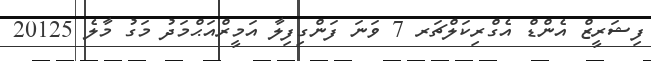
ފިޝަރީޒް އެންޑް އެގްރިކަލްޗަރ 7 ވަނަ ފަންގިފިލާ އަމީރްއަޙްމަދު މަގު މާލެ 20125